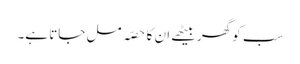
سب کو گھر بیٹھے ان کا حصّہ مل جاتا ہے۔